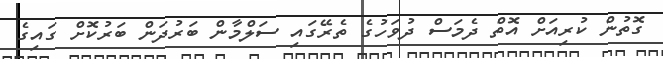
ގޮތުން ކުރިއަށް އޮތް ދެމަސް ދުވަހުގެ ތެރޭގައި ސަލްމާން ބަރުދަން ބަރުކޮށް ގައިގެ